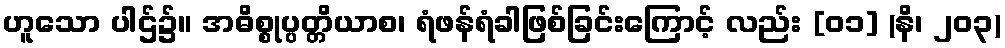
ဟူသော ပါဌ်၌။ အဓိစ္စုပ္ပတ္တိယာစ၊ ရံဖန်ရံခါဖြစ်ခြင်းကြောင့် လည်း [၀၁] (နိ၊ ၂၀၃)